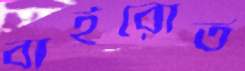
বাইরোত